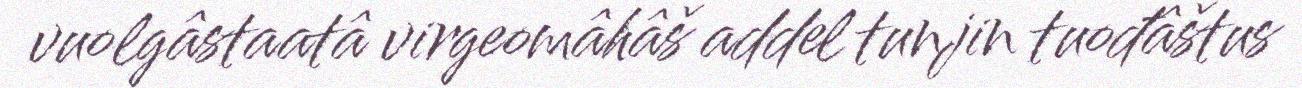
vuolgâstaatâ virgeomâhâš addel tunjin tuođâštus